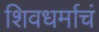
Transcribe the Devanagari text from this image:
शिवधर्माचं